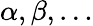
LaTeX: \alpha,\beta,\ldots